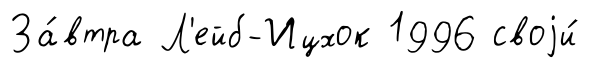
За́втра Л'ейб-Ицхок 1996 своjи́